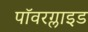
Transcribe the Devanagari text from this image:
पॉवरग्लाइड